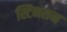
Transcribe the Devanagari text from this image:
स्टिनसन